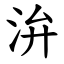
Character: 㳎